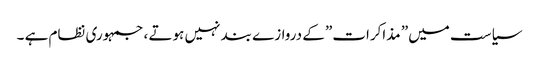
سیاست میں” مذاکرات” کے دروازے بند نہیں ہوتے ، جمہوری نظام ہے ۔